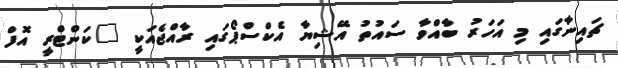
ޗައިނާގައި މި އަހަރު ބާއްވާ ސައުތު އޭޝިޔާ އެކްސްޕޯގައި ރާއްޖެއަކީ "ކަންޓްރީ އޮފް